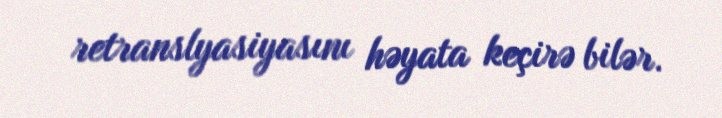
retranslyasiyasını həyata keçirə bilər.